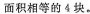
面积相等的4块。